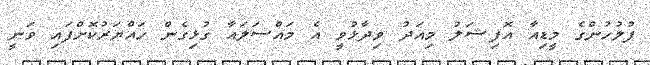
ފުލުހުންގެ މީޑިއާ އޮފިޝަލު މިއަދު ވިދާޅުވީ އެ މައްސަލައާ ގުޅިގެން ހައްޔަރުކޮށްފައި ވަނީ